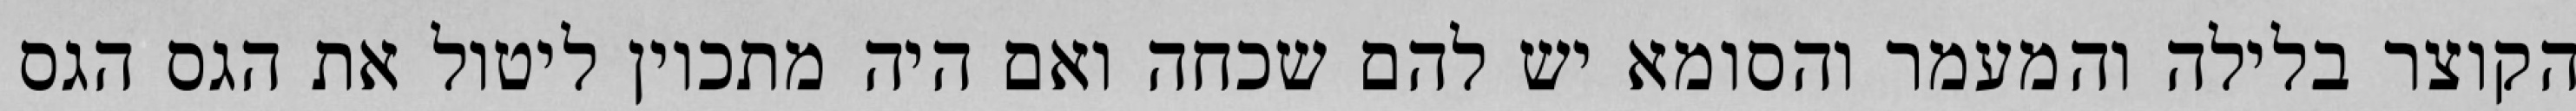
הקוצר בלילה והמעמר והסומא יש להם שכחה ואם היה מתכוין ליטול את הגס הגס